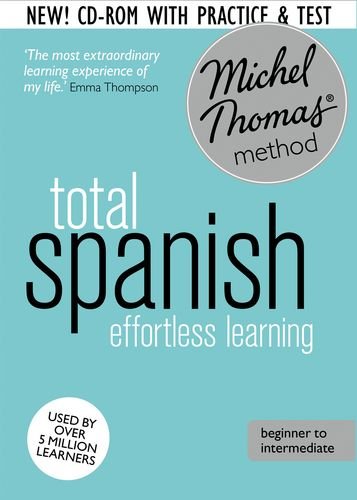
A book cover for Total Spanish: Revised (Learn Spanish with the Michel Thomas Method) (A  Hodder Education Publication); Michel Thomas; Reference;